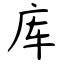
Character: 库